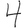
Digit: 4